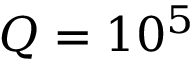
Q = 1 0 ^ { 5 }